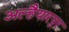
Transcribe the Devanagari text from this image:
अल्हैयारपुर